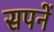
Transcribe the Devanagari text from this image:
सपनें